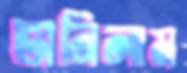
ভানিলাম